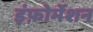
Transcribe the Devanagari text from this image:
इंफ़ोर्मेशन